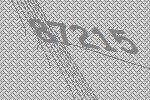
87215